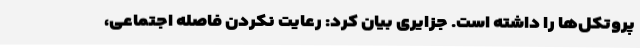
پروتکل‌ها را داشته است. جزایری بیان کرد: رعایت نکردن فاصله اجتماعی،